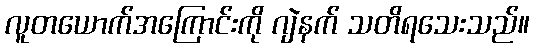
လူတယောက်အကြောင်းကို ဂျဲနက် သတိရသေးသည်။